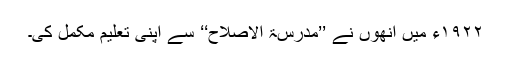
۱۹۲۲ء میں انھوں نے ’’مدرسۃ الاصلاح‘‘ سے اپنی تعلیم مکمل کی۔